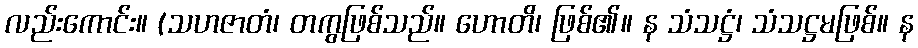
လည်းကောင်း။ (သဟဇာတံ၊ တကွဖြစ်သည်။ ဟောတိ၊ ဖြစ်၏။ န သံသဋ္ဌံ၊ သံသဋ္ဌမဖြစ်။ န